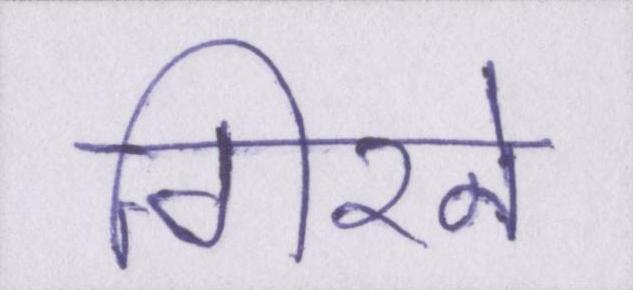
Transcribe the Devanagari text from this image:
गिरने